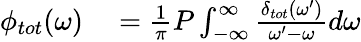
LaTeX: \begin{array}{rl}{\phi_{tot}(\omega)}&{{}=\frac{1}{\pi}P\int_{-\infty}^{\infty}\frac{\delta_{tot}(\omega^{\prime})}{\omega^{\prime}-\omega}d\omega}\end{array}